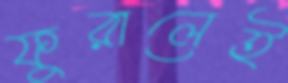
ফুরালেই